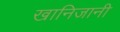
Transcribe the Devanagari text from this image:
खानिजानी